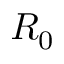
R _ { 0 }